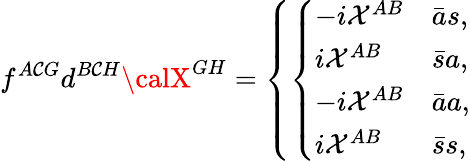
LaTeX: f^{A\mathcal{C}G}d^{B\mathcal{C}H}{\calX}^{GH}=\left\{ \left\{ \begin{array}{ll}{{-i{\cal X}^{AB}}}&{{{\bar{a}s},}}\\ {{i{\cal X}^{AB}}}&{{{\bar{s}a},}}\\ {{-i{\cal X}^{AB}}}&{{{\bar{a}a},}}\\ {{i{\cal X}^{AB}}}&{{{\bar{s}s},}}\end{array}\right.\right.